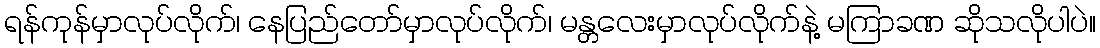
ရန်ကုန်မှာလုပ်လိုက်၊ နေပြည်တော်မှာလုပ်လိုက်၊ မန္တလေးမှာလုပ်လိုက်နဲ့ မကြာခဏ ဆိုသလိုပါပဲ။